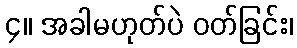
၄။ အခါမဟုတ်ပဲ ဝတ်ခြင်း၊